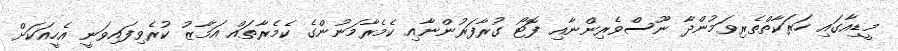
މީޑިއާގައި ހަރަކާތްތެރިވަމުންދާ ނޫސްވެރިންނާއި ފޮޓޯ ގުރާފަރުންނާއި ކެމެރާމަނުންގެ ކެމެރާތައް އަމާޒު ކުރެވިފައިވަނީ އެހީއަކަށް